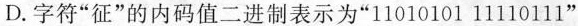
D. 字符“征”的内码值二进制表示为“11010101 11110111”